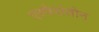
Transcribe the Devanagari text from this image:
एस्पेरांतोन